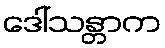
ဒေါ်သန္တာက